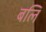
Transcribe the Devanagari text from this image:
बलिं